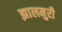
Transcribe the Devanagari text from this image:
झालमुरी